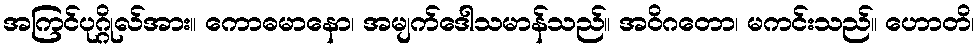
အကြင်ပုဂ္ဂိုလ်အား။ ကောဓမာနော၊ အမျက်ဒေါသမာန်သည်။ အဝိဂတော၊ မကင်းသည်။ ဟောတိ၊